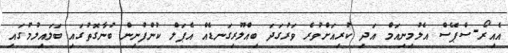
އެއިރޯ-ސްޕޭސް އެލުމިނިއަމް އަދި ކުރިއަށްވުރެ ވަރުގަދަ ބިއްލޫރިގަނޑެއް އެޕަލް ކުންފުނިން ބުނާގޮތުގައި ބަލައިލުމުގައި